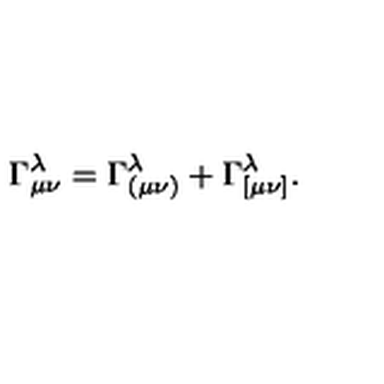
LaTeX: \Gamma _ { \mu \nu } ^ { \lambda } = \Gamma _ { ( \mu \nu ) } ^ { \lambda } + \Gamma _ { [ \mu \nu ] } ^ { \lambda } .